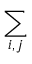
\sum _ { i , j }